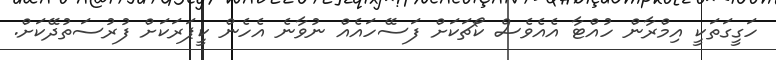
ހަގީގަތަކީ އިމްރާން ހުއްޓާ އެއެވެސް ކޯޗަކަށް ފަސޭހައެއް ނުވާނެ އެހެން ކީޕަރަކަށް ފުރުސަތުދޭކަށް.